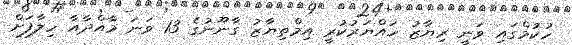
ހުކުމްގައި ވަނީ ރިޔާޒު ހައްޔަރުކުރީ އިމްތިޔާޒު ގާނޫނުގެ 13 ވަނަ މާއްދާއާ ހިލާފަށް